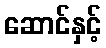
ဆောင်နှင့်